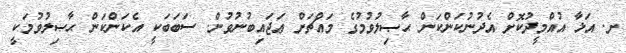
ށ. އަޅާ އުއްމީދުކޮށް އެދުނުކަންކަން ޙާޞިލުވުމުގެ މައްޗަށް ޢަޖައިބުނުވުން. ސަބަބަކީ އެކަންކަން ޙާޞިލުވުމަކީ